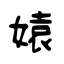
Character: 媴